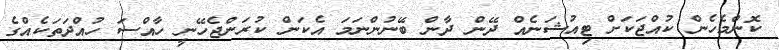
ކޮންމެހެން ކުއްޖަކަށް ޓިއުޝަނެއް ދޭން ދާން ބޭނުންނަމަ އެކަން ކުރަންޖެހޭނީ ހާއްސަ ހުއްދަތަކެއްގެ